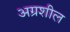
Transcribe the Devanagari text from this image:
अग्रशील